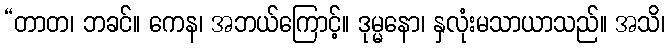
“တာတ၊ ဘခင်။ ကေန၊ အဘယ်ကြောင့်။ ဒုမ္မနော၊ နှလုံးမသာယာသည်။ အသိ၊